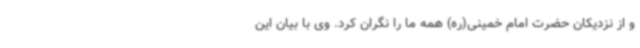
و از نزدیکان حضرت امام خمینی(ره) همه ما را نگران کرد. وی با بیان این